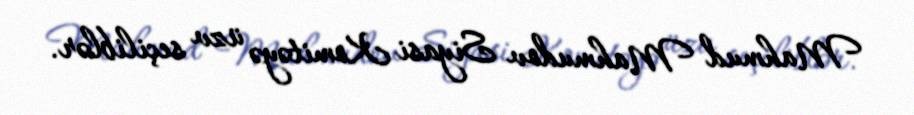
Mahmud Mahmudov Siyasi Komitəyə üzv seçiliblər.